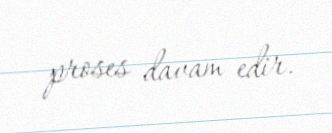
proses davam edir.